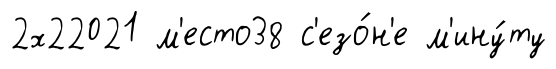
2х22021 м'есто38 с'езо́н'е м'ину́ту